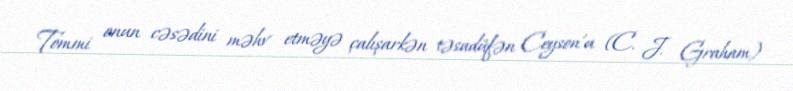
Tommi onun cəsədini məhv etməyə çalışarkən təsadüfən Ceyson'u (C. J. Graham)